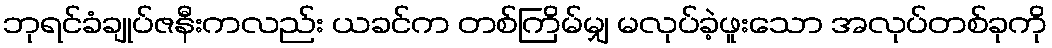
ဘုရင်ခံချုပ်ဇနီးကလည်း ယခင်က တစ်ကြိမ်မျှ မလုပ်ခဲ့ဖူးသော အလုပ်တစ်ခုကို